Scientific memoirs by medical officers of the Army of India - Part IX,
Year: 1895
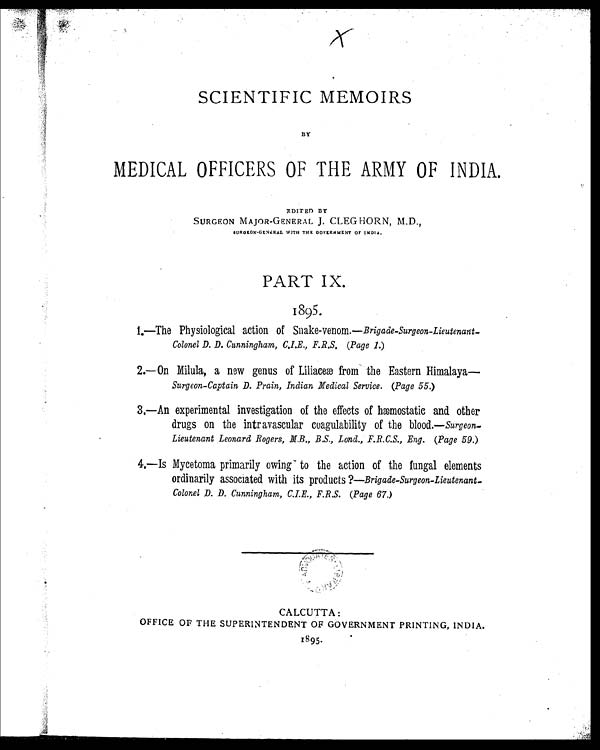
SCIENTIFIC MEMOIRS
BY
MEDICAL OFFICERS OF THE ARMY OF INDIA.
EDITED BY
SURGEON MAJOR-GENERAL J. CLEG HORN, M.D.,
S U R G E O N - G E N E R A L W I T H T H E
GOVERNMENT OF INDIA.
PART IX.
1895
.
1.—The Physiological action of Snake-venom.— Brigade-Surgeon-Lieutenant
-Colonel D. D. Cunningham, C.I.E., F.R.S. (Page 1.
)
2.—On Milula, a new genus of Liliaceæ from the Eastern Himalaya
—Surgeon-Captain D. Prain, Indian Medical Service. (Page 55.
)
3.—An experimental investigation of the effects of hæmostatic and other
drugs on the intravascular coagulability of the blood.— Surgeon
-Lieutenant Leonard Rogers, M.B., B.S., Lond., F.R.C.S., Eng. (Page 59.
)
4.—Is Mycetoma primarily owing to the action of the fungal elements
ordinarily associated with its products ?— Brigade-Surgeon-Lieutenant
-Colonel D. D. Cunningham, C.I.E., F.R.S. (Page 67.
)
CALCUTTA :
OFFICE OF THE SUPERINTENDENT OF GOVERNMENT PRINTING, INDIA.
1895.